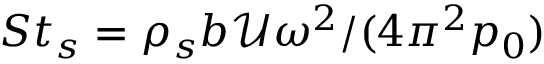
S t _ { s } = { \rho _ { s } b \mathcal { U } \omega ^ { 2 } } / ( 4 \pi ^ { 2 } p _ { 0 } )